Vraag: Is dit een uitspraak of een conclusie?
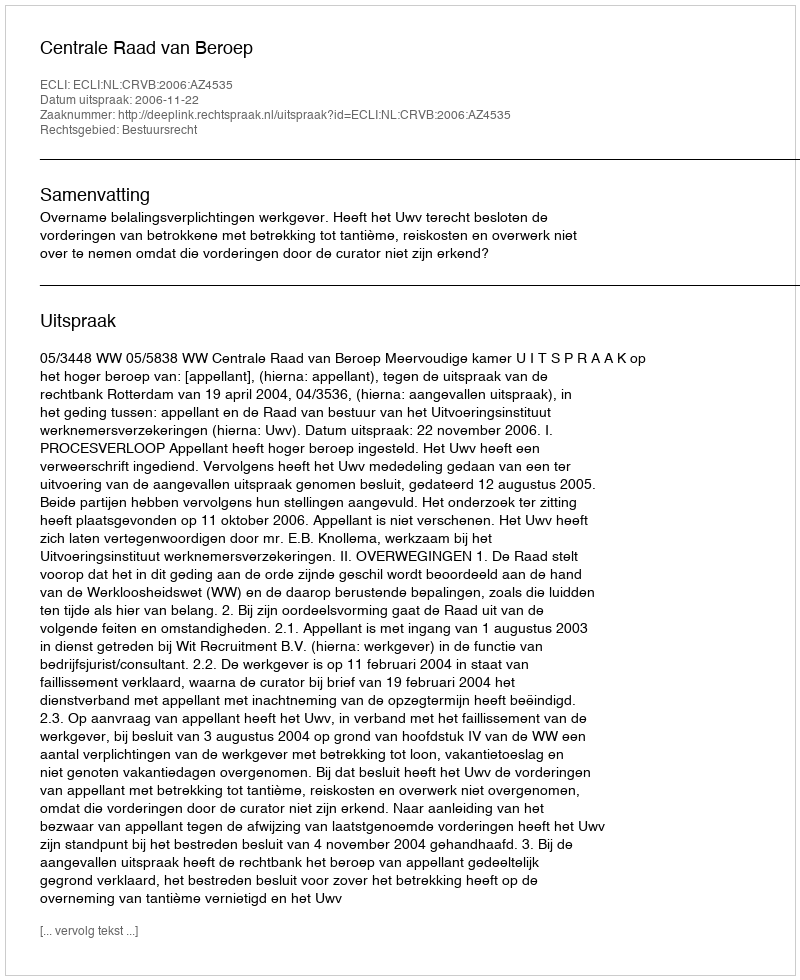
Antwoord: Uitspraak